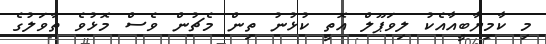
މި ކާމިޔާބީއާއެކު ލިވަޕޫލް އޮތީ ކުޅުނު ތިން މެޗުން ވެސް މޮޅުވެ ތާވަލުގެ